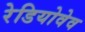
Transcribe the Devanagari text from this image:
रेडियोवेव